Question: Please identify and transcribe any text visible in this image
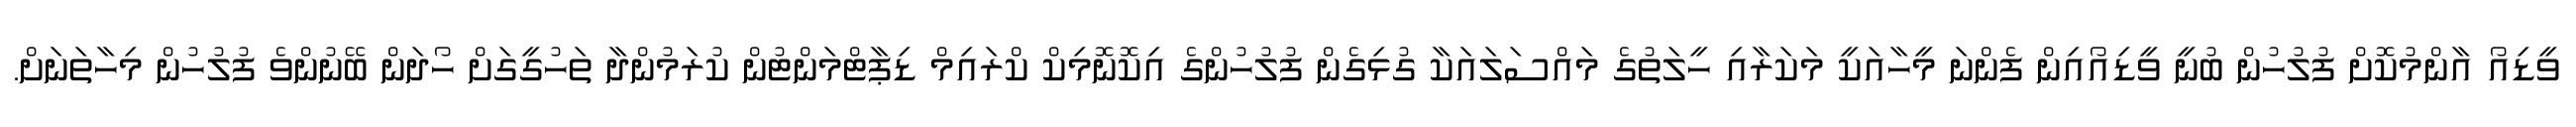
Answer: ވީޑިއޯ އާންމުކޮށް ފުލުހުން ބުނީ ވީޑިއޯއިން ފެންނަ މީހާއަކީ މަކަރާއި ހީލަތުގެ މައްސަލައަކާ ގުޅިގެން ފުލުހުންގެ އިކޮނޮމިކް ކްރައިމް ޑިޕާޓްމަންޓުން ކުރަމުންދާ ތަހުގީގަށް ހޯދަން ބޭނުންވެ ފުލުހުން މިހާތަނަށް.